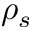
\rho _ { s }